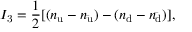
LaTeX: I _ { \mathrm { 3 } } = { \frac { 1 } { 2 } } [ ( n _ { \mathrm { u } } - n _ { \mathrm { \bar { u } } } ) - ( n _ { \mathrm { d } } - n _ { \mathrm { \bar { d } } } ) ] ,